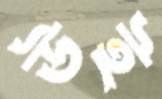
উই